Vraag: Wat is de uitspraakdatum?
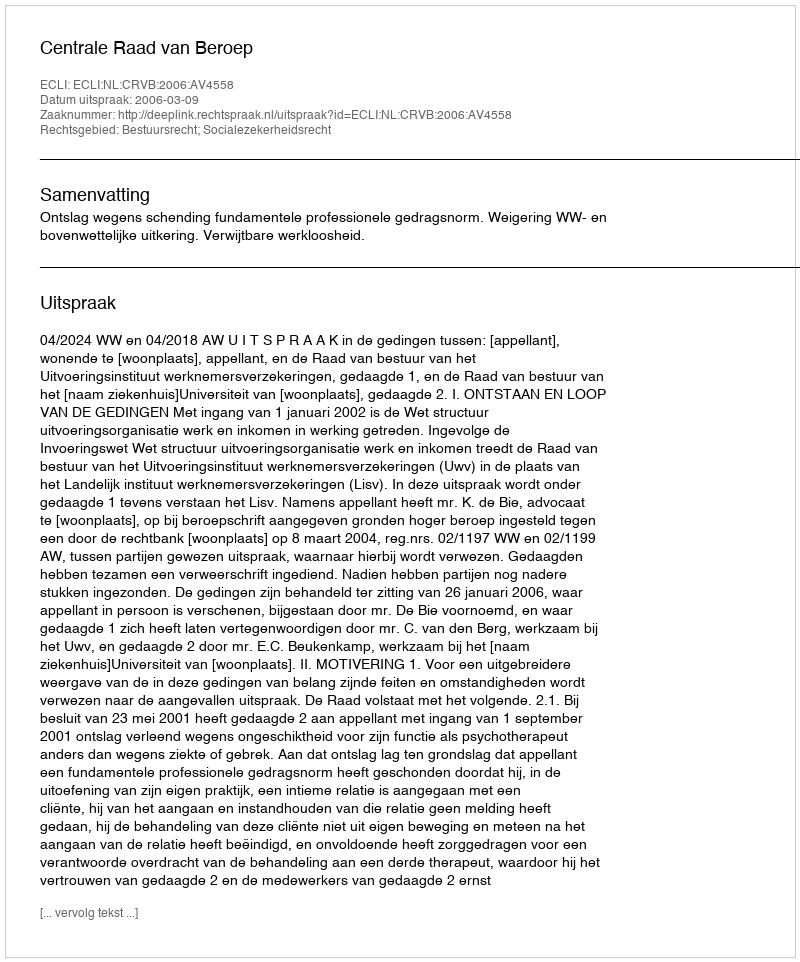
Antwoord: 2006-03-09